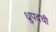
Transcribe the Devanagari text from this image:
ध्रुपदची